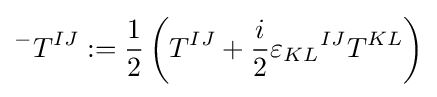
{}^{-}T^{IJ}:={1 \over 2}\left(T^{IJ}+{i \over 2}{\varepsilon _{KL}}^{IJ}T^{KL}\right)